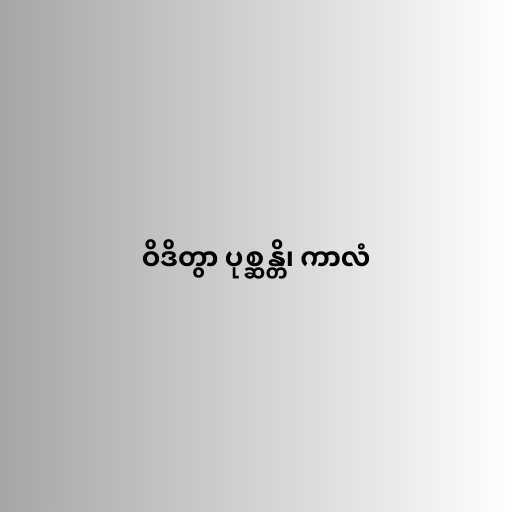
ဝိဒိတွာ ပုစ္ဆန္တိ၊ ကာလံ